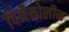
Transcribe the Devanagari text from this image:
पिनैकोलीन